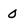
Character: 0